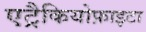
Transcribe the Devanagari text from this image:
एट्रैकियोफ़ाइटा